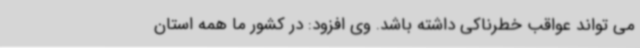
می تواند عواقب خطرناکی داشته باشد. وی افزود: در کشور ما همه استان